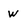
Character: w